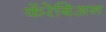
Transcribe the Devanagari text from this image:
कॅरेबिअन